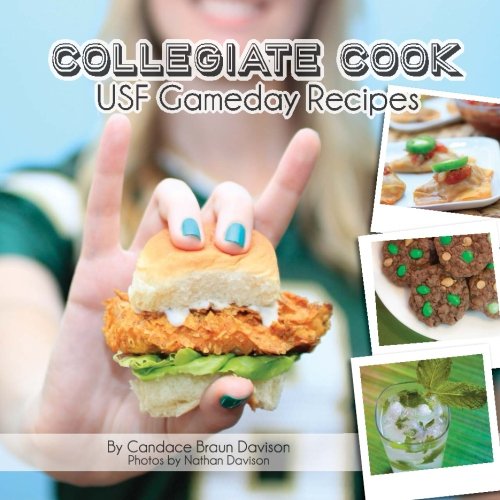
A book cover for Collegiate Cook: USF Gameday Recipes: Volume 2 (Collegiate Cookbook); Candace Braun Davison; Cookbooks, Food & Wine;